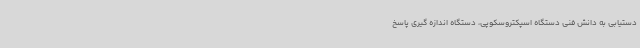
دستیابی به دانش فنی دستگاه اسپکتروسکوپی، دستگاه اندازه گیری پاسخ